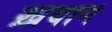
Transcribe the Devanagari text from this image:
ख़वान